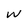
Character: w